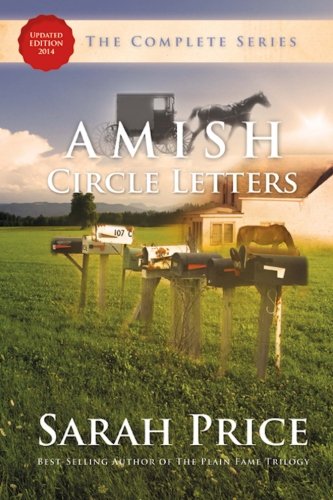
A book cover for Amish Circle Letters - The Complete Series; Sarah Price; Christian Books & Bibles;